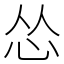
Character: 怂